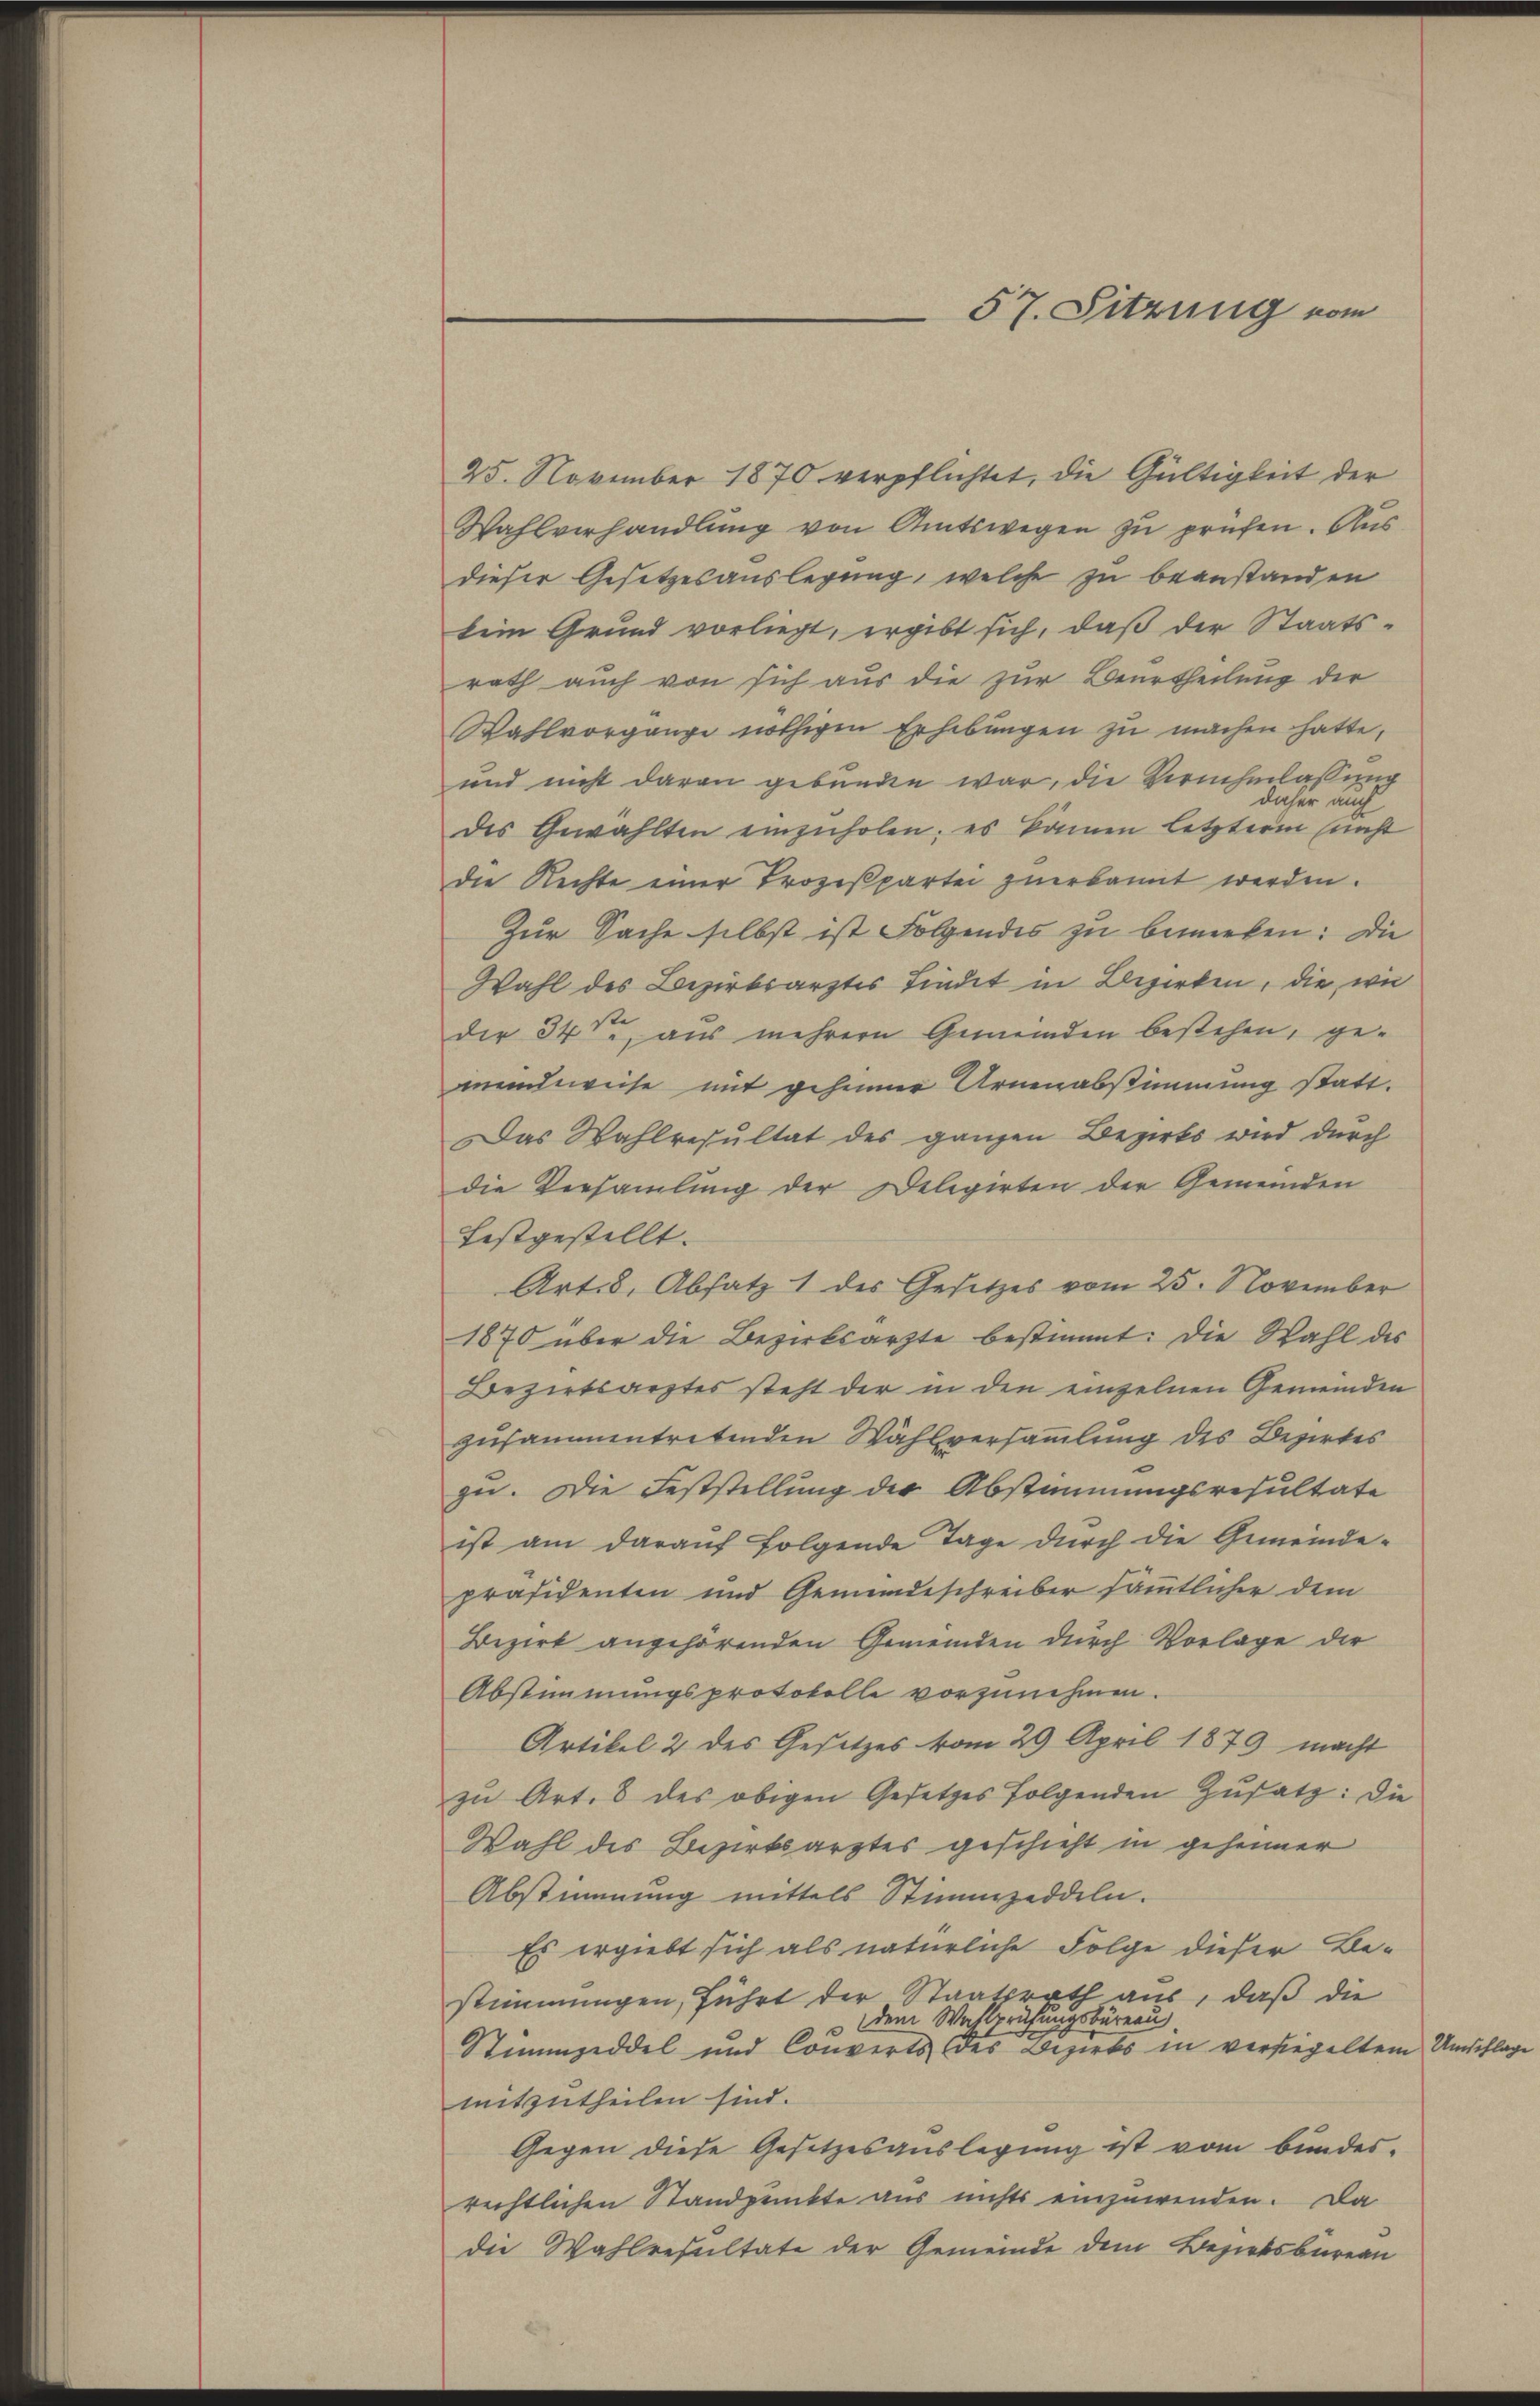
25. November 1870 verpflichtet, die Gültigkeit der
Wahlverhandlung von Amtswegen zu prüfen. Aus
dieser Gesetzesauslegung, welche zu beanstanden
lein Grund vorliegt, ergibt sich, daß der Staatsrath auch von sich aus die zur Beurtheilung der
Wahlvorgänge nöthigen Erhebungen zu machen hatte,
und nicht daran gebunden war, die Vernehmlassung
daher auch
des Gewählten einzŭholen; es kamen letztere (nicht
die Rechte einer Prozespartei zuerkannt werden.
Zur Sache selbst ist Folgendes zu bemerken: Die
Wahl des Bezirksarztes findet in Bezirken, die, wie
der 34te, aus mehrere Gemeinden bestehen, gemundeweise mit gehinner Arnenabstimmung statt.
Das Wahlresultat des ganzen Bezirks wird durch
die Versammlung der Delegirten der Gemeinden
festgestellt.
Art. 8, Absatz 1 des Gesetzes vom 25. November
1870 über die Bezirksarzte bestimmt: Die Wahl des
Bezirksarztes steht der in den einzelnen Gemeinden
zusammentretenden Wahlversammlung des Bezirkes
zu. Die Feststellung der Abstimmungsresultate
ist am darauf folgende Tage durch die Gemeinde-
präsidenten und Gemeindeschreiber sämmtlicher dem
Bezirk angehörenden Gemeinden durch Vorlage der
Abstimmungsprotokolle vorzunehmen.
Artikel 2 des Gesetzes vom 29. April 1879 macht
zu Art. 8 des obigen Gesetzes folgenden Zusatz: Die
Wahl des Bezirksarztes geschieht in geheimer
Abstimmung mittels Stimmzeddeln.
Es ergiebt sich als natürliche Folge dieser Be-
stimmungen, führt der Staatsrath aus, daß die
dem Wahlprüfungsbüreau
Stimmzeddel und Converts des Bezirks in versiegeltem Unter
mitzutheilen sind.
Gegen diese Gesetzesauslegung ist vom bundesrechtlichen Standpunkte aus nichts einzuwenden. Da
die Wahlresultate der Gemeinde dem Bezirksbureau

57. Sitzung vom